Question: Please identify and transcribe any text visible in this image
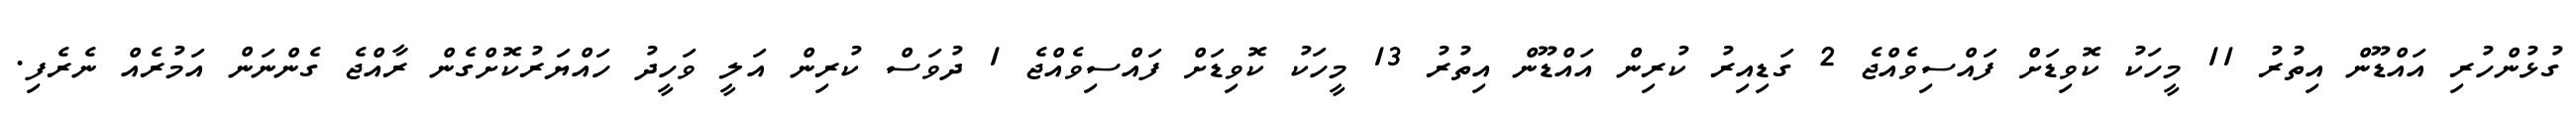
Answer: ގުޅުންހުރި އައްޑޫން އިތުރު 11 މީހަކު ކޮވިޑަށް ފައްސިވެއްޖެ 2 ގަޑިއިރު ކުރިން އައްޑޫން އިތުރު 13 މީހަކު ކޮވިޑަށް ފައްސިވެއްޖެ 1 ދުވަސް ކުރިން އަލީ ވަހީދު ހައްޔަރުކޮށްގެން ރާއްޖެ ގެންނަން އަމުރެއް ނެރެފި.